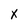
Character: X